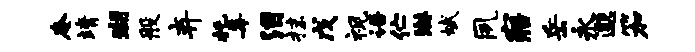
奄靖瑚般弃托毒泪抹戊视语伫淋斌夙寤岳永邈笳